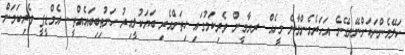
ކަލޭމެންނަކަށްނޭނގޭނެ އަހަރެމެންލާނެ މީހެއް.. ރޔާމީން ވެރިކަމުގައި ހިތަށްއެރި ބަޔަކުލީއިރު ހަނުތިބިބައެއްތީ.. އެމްޑީޕީ ވެރިކަމަށް